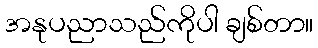
အနုပညာသည်ကိုပါ ချစ်တာ။